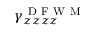
\gamma _ { z z z z } ^ { \mathrm { ~ D ~ F ~ W ~ M ~ } }